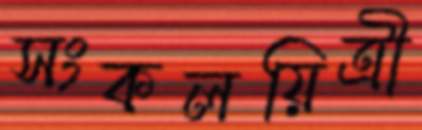
সংকলয়িত্রী